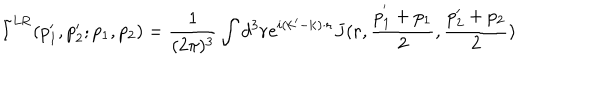
\tilde { I } ^ { \mathrm { L R } } ( p _ { 1 } ^ { \prime } , p _ { 2 } ^ { \prime } ; p _ { 1 } , p _ { 2 } ) = { \frac { 1 } { ( 2 \pi ) ^ { 3 } } } \int d ^ { 3 } { \bf r } e ^ { i ( { \bf k } ^ { \prime } - { \bf k } ) \cdot { \bf r } } J ( { \bf r } , { \frac { { p } _ { 1 } ^ { ' } + p _ { 1 } } { 2 } } , { \frac { p _ { 2 } ^ { \prime } + p _ { 2 } } { 2 } } )